Indian journal of veterinary science and animal husbandry - Volume 10,
Year: 1940
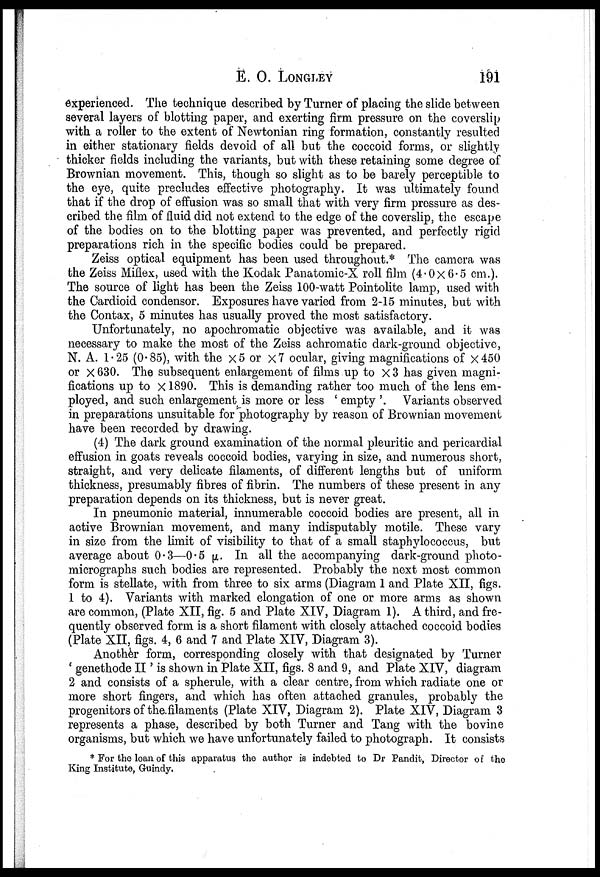
E. O. LONGLEY
191
experienced. The technique described by Turner of placing the slide between
several layers of blotting paper, and exerting firm pressure on the coverslip
with a roller to the extent of Newtonian ring formation, constantly resulted
in either stationary fields devoid of all but the coccoid forms, or slightly
thicker fields including the variants, but with these retaining some degree of
Brownian movement. This, though so slight as to be barely perceptible to
the eye, quite precludes effective photography. It was ultimately found
that if the drop of effusion was so small that with very firm pressure as des-
cribed the film of fluid did not extend to the edge of the coverslip, the escape
of the bodies on to the blotting paper was prevented, and perfectly rigid
preparations rich in the specific bodies could be prepared.
Zeiss optical equipment has been used throughout.* The camera was
the Zeiss Miflex, used with the Kodak Panatomic-X roll film (4.0×6.5 cm.).
The source of light has been the Zeiss 100-watt Pointolite lamp, used with
the Cardioid condensor. Exposures have varied from 2-15 minutes, but with
the Contax, 5 minutes has usually proved the most satisfactory.
Unfortunately, no apochromatic objective was available, and it was
necessary to make the most of the Zeiss achromatic dark-ground objective,
N. A. 1.25 (0.85), with the × 5 or × 7 ocular, giving magnifications of ×450
or × 630. The subsequent enlargement of films up to × 3 has given magni-
fications up to × 1890. This is demanding rather too much of the lens em-
ployed, and such enlargement is more or less ' empty '. Variants observed
in preparations unsuitable for photography by reason of Brownian movement
have been recorded by drawing.
(4) The dark ground examination of the normal pleuritic and pericardial
effusion in goats reveals coccoid bodies, varying in size, and numerous short,
straight, and very delicate filaments, of different lengths but of uniform
thickness, presumably fibres of fibrin. The numbers of these present in any
preparation depends on its thickness, but is never great.
In pneumonic material, innumerable coccoid bodies are present, all in
active Brownian movement, and many indisputably motile. These vary
in size from the limit of visibility to that of a small staphylococcus, but
average about 0.3—0.5 µ. In all the accompanying dark-ground photo-
micrographs such bodies are represented. Probably the next most common
form is stellate, with from three to six arms (Diagram 1 and Plate XII, figs.
1 to 4). Variants with marked elongation of one or more arms as shown
are common, (Plate XII, fig. 5 and Plate XIV, Diagram 1). A third, and fre-
quently observed form is a short filament with closely attached coccoid bodies
(Plate XII, figs. 4, 6 and 7 and Plate XIV, Diagram 3).
Another form, corresponding closely with that designated by Turner
' genethode II' is shown in Plate XII, figs. 8 and 9, and Plate XIV, diagram
2 and consists of a spherule, with a clear centre, from which radiate one or
more short fingers, and which has often attached granules, probably the
progenitors of the filaments (Plate XIV, Diagram 2). Plate XIV, Diagram 3
represents a phase, described by both Turner and Tang with the bovine
organisms, but which we have unfortunately failed to photograph. It consists
* For the loan of this apparatus the author is indebted to Dr Pandit, Director of the
King Institute, Guindy.